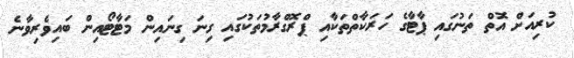
ކުރިއަށް އޮތް ތަނުގައި ޕާޓާގެ ހަރަކާތްތަކާއި ޕްރޮގްރާމުތަކުގައި ގިނަ ގިނައިން މަޓާޓޯއިން ބައިވެރިވާނެ